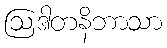
ဩဒါတနိဘာသာ